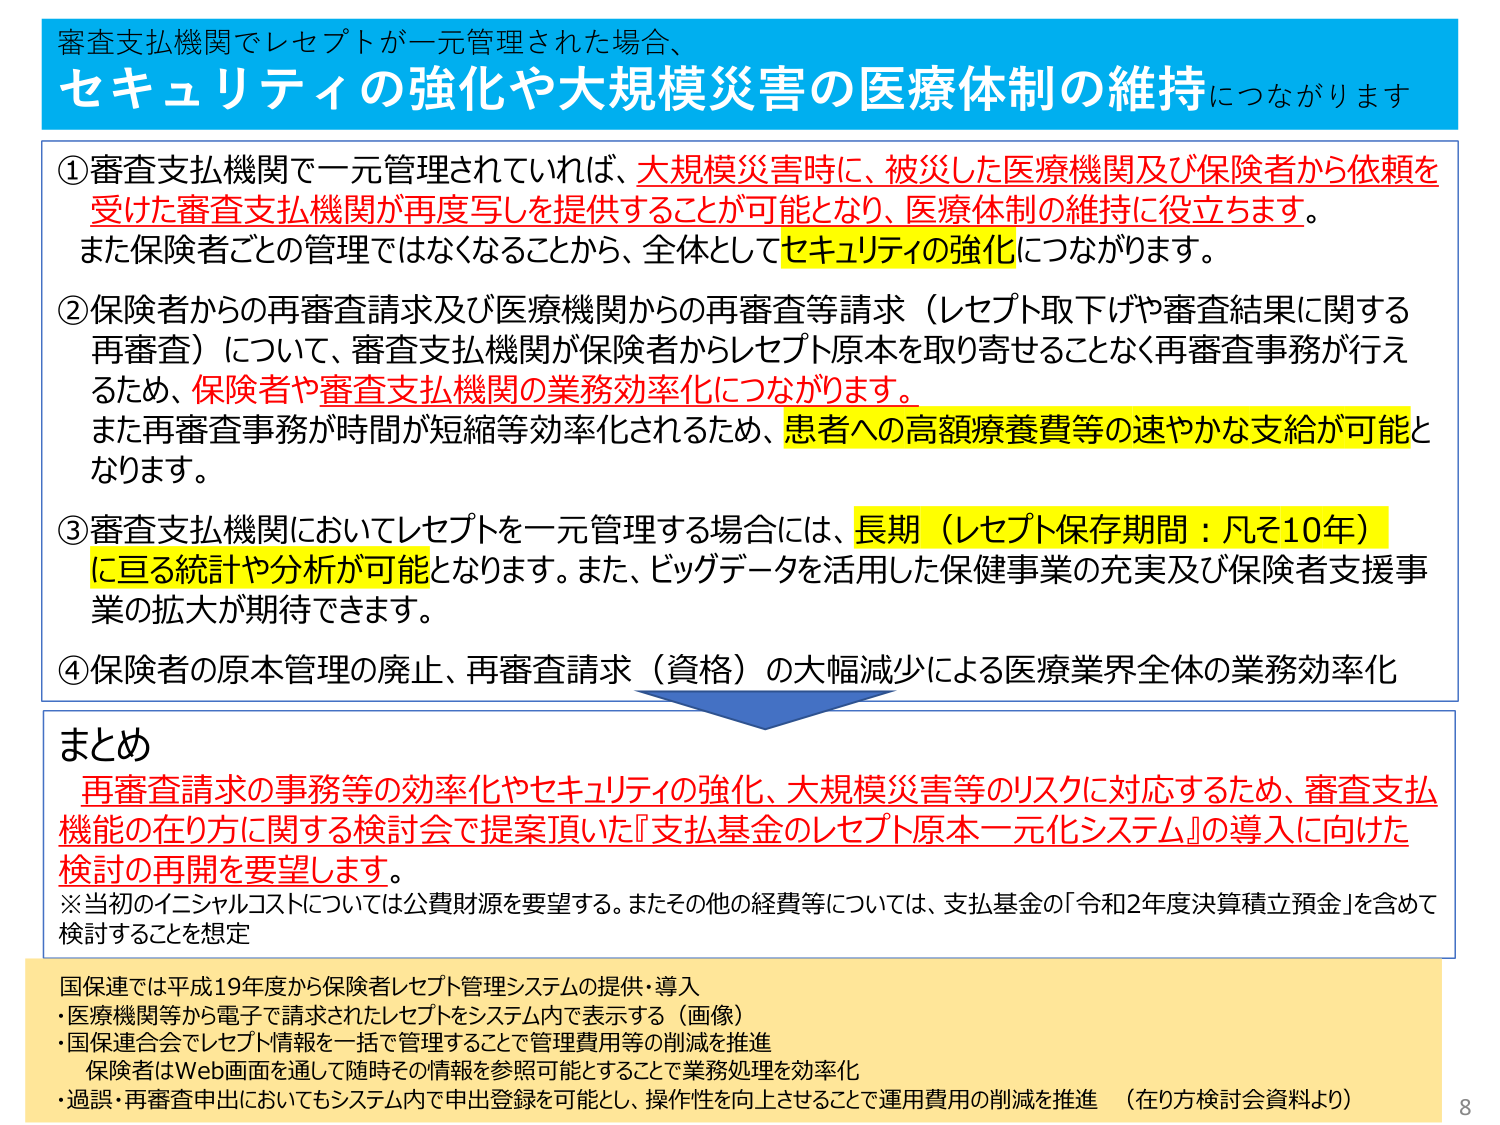
審査支払機関でレセプトが一元管理された場合、
セキュリティの強化や大規模災害の医療体制の維持につながります

①審査支払機関で一元管理されていれば、大規模災害時に、被災した医療機関及び保険者から依頼を受けた審査支払機関が再度写しを提供することが可能となり、医療体制の維持に役立ちます。
また保険者ごとの管理ではなくなることから、全体としてセキュリティの強化につながります。

②保険者からの再審査請求及び医療機関からの再審査等請求（レセプト取下げや審査結果に関する再審査）について、審査支払機関が保険者からレセプト原本を取り寄せることなく再審査事務が行えるため、保険者や審査支払機関の業務効率化につながります。
また再審査事務が時間が短縮等効率化されるため、患者への高額療養費等の速やかな支給が可能となります。

③審査支払機関においてレセプトを一元管理する場合には、長期（レセプト保存期間：凡そ10年）に亘る統計や分析が可能となります。また、ビッグデータを活用した保健事業の充実及び保険者支援事業の拡大が期待できます。

④保険者の原本管理の廃止、再審査請求（資格）の大幅減少による医療業界全体の業務効率化

まとめ
再審査請求の事務等の効率化やセキュリティの強化、大規模災害等のリスクに対応するため、審査支払機能の在り方に関する検討会で提案頂いた『支払基金のレセプト原本一元化システム』の導入に向けた検討の再開を要望します。
※当初のイニシャルコストについては公費財源を要望する。またその他の経費等については、支払基金の「令和2年度決算積立預金」を含めて検討することを想定

国保連では平成19年度から保険者レセプト管理システムの提供・導入
・医療機関等から電子で請求されたレセプトをシステム内で表示する（画像）
・国保連合会でレセプト情報を一括で管理することで管理費用等の削減を推進
　保険者はWeb画面を通じて随時その情報を参照可能とすることで業務処理を効率化
・過誤・再審査申出においてもシステム内で申出登録を可能とし、操作性を向上させることで運用費用の削減を推進　（在り方検討会資料より）

8